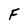
Character: F